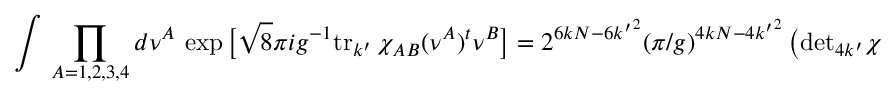
\int \, \prod _ { A = 1 , 2 , 3 , 4 } d \nu ^ { A } \, \exp \big [ \sqrt 8 \pi i g ^ { - 1 } \mathrm { t r } _ { k ^ { \prime } } \, \chi _ { A B } ( \nu ^ { A } ) ^ { t } \nu ^ { B } \big ] = 2 ^ { 6 k N - 6 { k ^ { \prime } } ^ { 2 } } ( \pi / g ) ^ { 4 k N - 4 { k ^ { \prime } } ^ { 2 } } \left( \mathrm { d e t } _ { 4 k ^ { \prime } } \chi \right) ^ { N ^ { \prime } / 2 - k ^ { \prime } } \ .